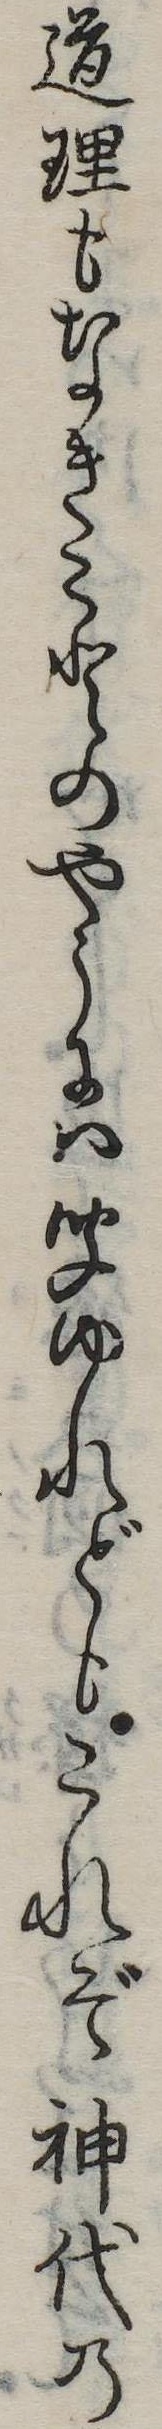
道理もなきことのやうには聞ゆれどもこれぞ神代の